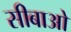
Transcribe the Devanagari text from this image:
सीबाओ